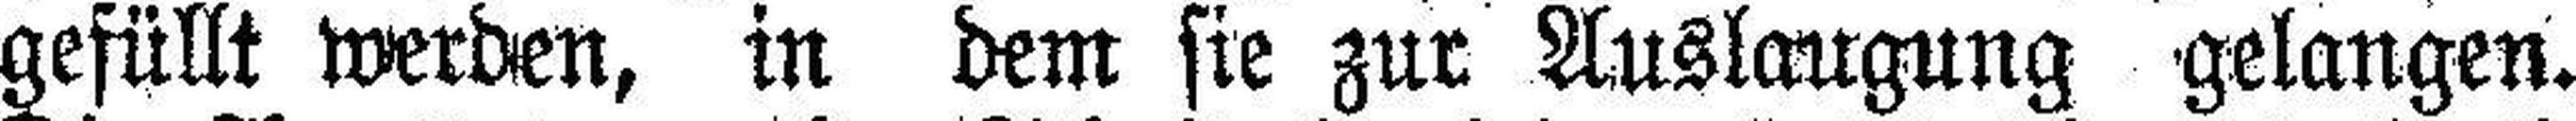
gefüllt werden, in dem sie zur Auslaugung gelangen.